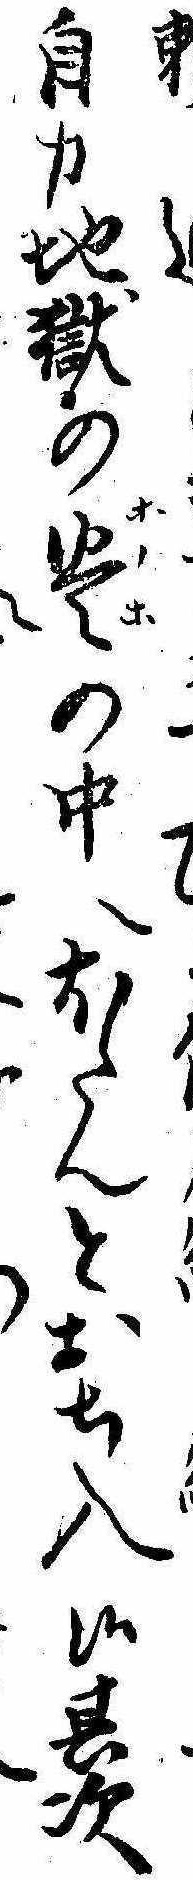
自力地獄の炎の中へほたんとおち入候其次